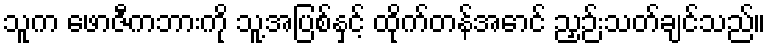
သူက ဖောဇီကဘားကို သူ့အပြစ်နှင့် ထိုက်တန်အောင် ညှဉ်းသတ်ချင်သည်။